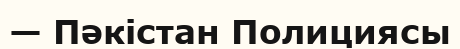
— Пәкістан Полициясы